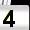
Digit: 4